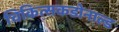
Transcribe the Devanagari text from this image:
चिकित्सकडोनाल्ड